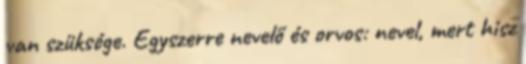
van szüksége. Egyszerre nevelő és orvos: nevel, mert hisz